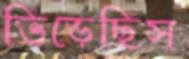
ভিড়েছিস